Leprosy in India: report of the Leprosy Commission in India, 1890-91
Year: 1890
Disease focus: Leprosy
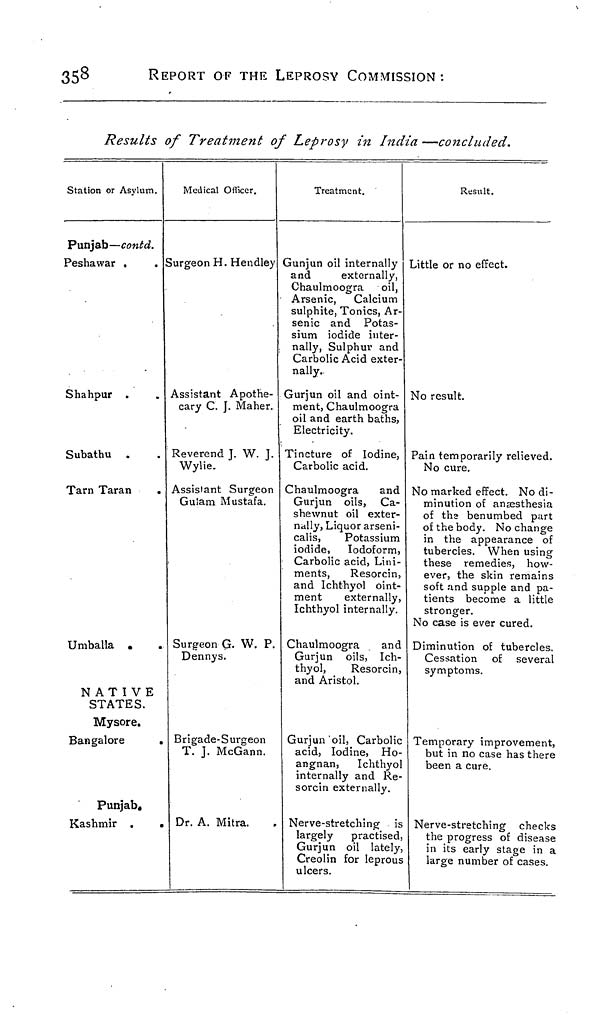
358
REPORT OF THE LEPROSY COMMISSION :
Results of Treatment of Leprosy in India —concluded.
Station or Asylum.
Punjab—contd.
Peshawar •
.
Shahpur .
Subathu
Tarn Taran
Umballa •
NATIVE
STATES.
Mysore.
Bangalore
Punjab,
Kashmir .
Medical Officer.
Surgeon H. Hendley
Assistant Apothe-
cary C. J. Maher.
Reverend J. W. J.
Wylie.
Assistant Surgeon
Gulam Mustafa.
Surgeon G. W. P
Dennys.
Brigade-Surgeon
T. J. McGann.
Dr. A. Mitra.
Treatment.
Gunjun oil internally
and
externally,
Chaulmoogra oil,
Arsenic, Calcium
sulphite, Tonics, Ar-
senic and Potas-
sium iodide inter-
nally, Sulphur and
Carbolic Acid exter-
nally..
Gurjun oil and oint-
ment, Chaulmoogra
oil and earth baths,
Electricity.
Tincture of Iodine,
Carbolic acid.
Chaulmoogra
and
Gurjun oils, Ca-
shewnut oil exter-
nally, Liquor arseni-
calis,
Potassium
iodide, Iodoform,
Carbolic acid, Lini-
ments,
Resorcin
and Ichthyol oint-
ment
externally
Ichthyol internally.
Chaulmoogra and
Gurjun oils, Ich
thyol,
Resorcin
and Aristol.
Gurjun oil, Carboli
acid, Iodine, Ho
angnan, Ichthyo
internally and Re
sorcin externally.
Nerve-stretching i
largely practisec
Gurjun oil lately
Creolin for leprou
ulcers.
Result.
Little or no effect.
No result.
Pain temporarily relieved.
No cure.
No marked effect. No di-
minution of anaesthesia
of the benumbed part
of the body. No change
in the appearance of
tubercles. When using
these remedies, how-
ever, the skin remains
soft and supple and pa-
tients become a little
stronger.
No case is ever cured.
Diminution of tubercles.
Cessation of several
symptoms.
Temporary improvement,
but in no case has there
been a cure.
Nerve-stretching checks
the progress of disease
in its early stage in a
large number of cases.